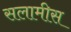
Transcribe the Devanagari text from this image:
सलामीस